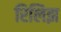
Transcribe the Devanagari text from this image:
रिलिझ